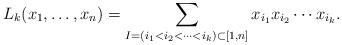
LaTeX: \begin{gather*}L_k(x_1,\ldots,x_n)= \sum_{I=(i_1 < i_2 < \cdots < i_k) \subset [1,n]}x_{i_{1}} x_{i_{2}} \cdots x_{i_{k}}.\end{gather*}